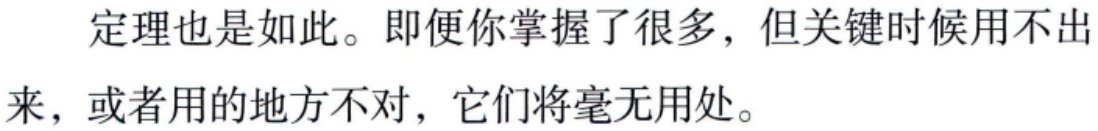
定理也是如此。即便你掌握了很多，但关键时候用不出来，或者用的地方不对，它们将毫无用处。